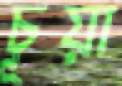
চূয়া